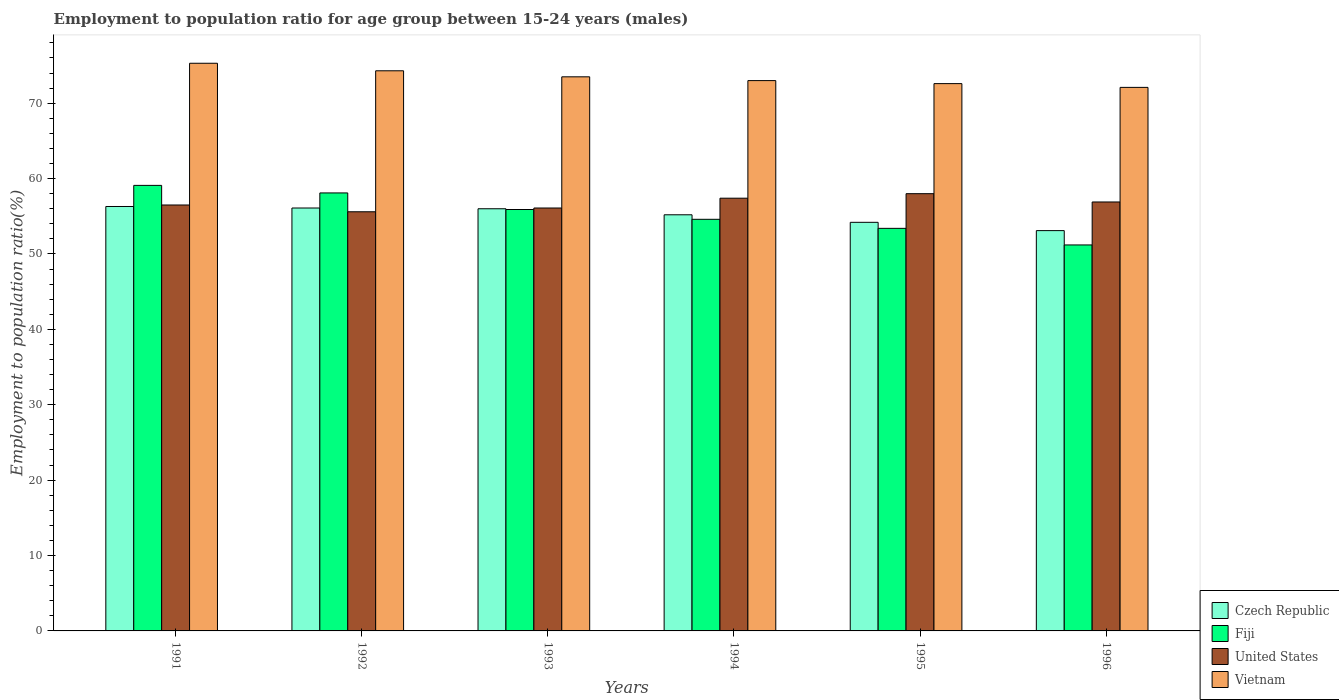
| Years | Czech Republic | Fiji | United States | Vietnam |
 | --- | --- | --- | --- | --- |
 | 1991 | 56.3 | 59.1 | 56.5 | 75.3 |
 | 1992 | 56.1 | 58.1 | 55.6 | 74.3 |
 | 1993 | 56 | 55.9 | 56.1 | 73.5 |
 | 1994 | 55.2 | 54.6 | 57.4 | 73 |
 | 1995 | 54.2 | 53.4 | 58 | 72.6 |
 | 1996 | 53.1 | 51.2 | 56.9 | 72.1 |